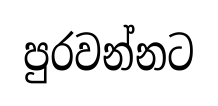
පුරවන්නට